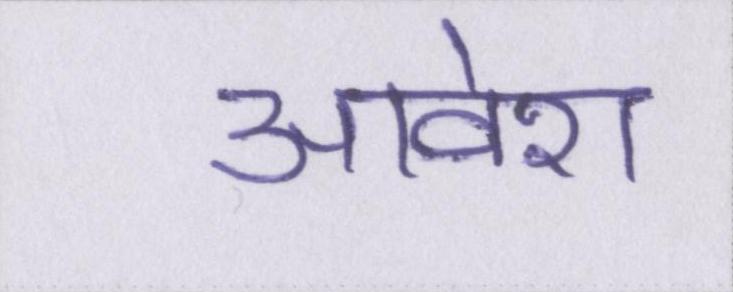
आवेश